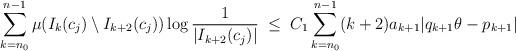
LaTeX: \begin{align*} \sum_{k=n_0}^{n-1} \mu(I_k(c_j)\setminus I_{k+2}(c_j))\log{\frac{1}{|I_{k+2}(c_j)|}}\;\leq\; C_1\sum_{k=n_0}^{n-1} (k+2)a_{k+1}|q_{k+1}\theta -p_{k+1}|\end{align*}